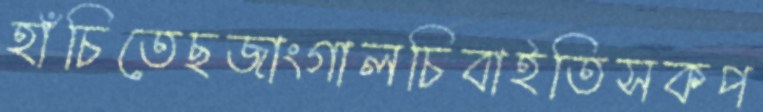
হাঁচিতেছজাংগালচিবাইতিসকপ